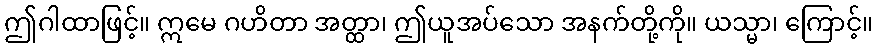
ဤဂါထာဖြင့်။ ဣမေ ဂဟိတာ အတ္ထာ၊ ဤယူအပ်သော အနက်တို့ကို။ ယသ္မာ၊ ကြောင့်။